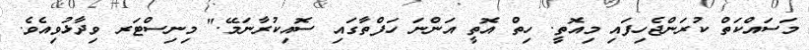
މަސައްކަތް ކުރަންޖެހިފައި މިއޮތީ. ހިތް އޮތީ އަންނަ ހަފްތާގައި ސޮއިކުރާނަމޭ." މިނިސްޓަރ ވިދާޅުވިއެވެ.